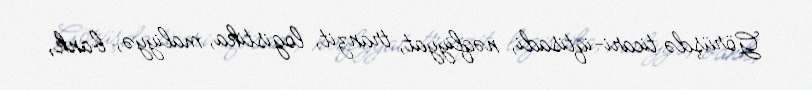
Görüşdə ticari-iqtisadi, nəqliyyat, tranzit, logistika, maliyyə, bank,